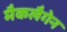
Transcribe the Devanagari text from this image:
मैकलैगेन